Regulations for the medical services of the Army of India
Year: 1930
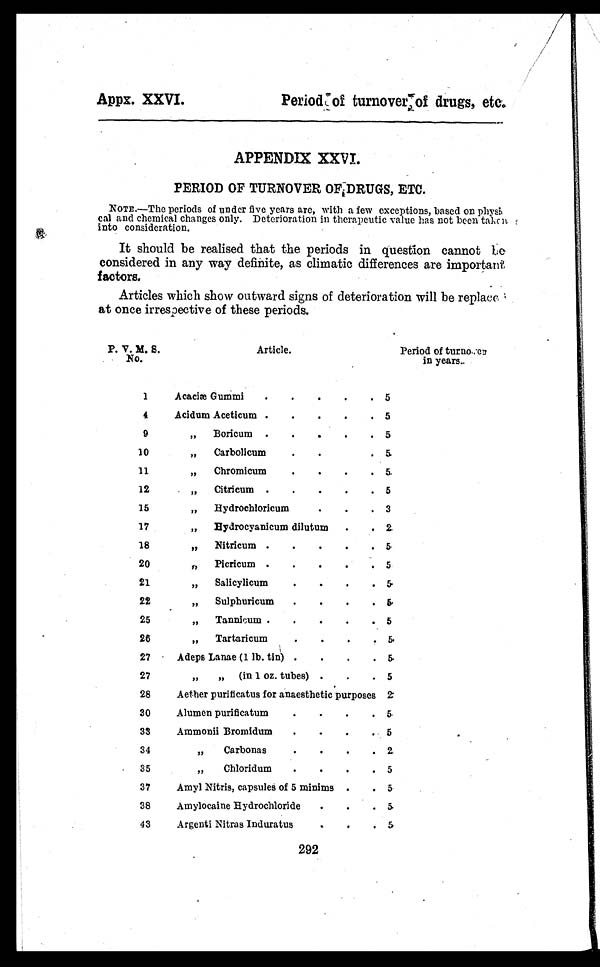
Appx. XXVI.
Period of turnover of drugs, etc.
APPENDIX XXVI.
PERIOD OF TURNOVER OF DRUGS, ETC.
NOTE.—The periods of under five years are, with a few exceptions, based on phys
ical and chemical changes only. Deterioration in therapeutic value has not been taken
into consideration.
It should be realised that the periods in question cannot be
considered in any way definite, as climatic differences are important
factors.
Articles which show outward signs of deterioration will be replace
at once irrespective of these periods.
P. V. M. S.
No.
Article.
Period of t u r n o v e r
in years.
1
Acaciæ Gummi .
.
.
.
. 5
4
Acidum Aceticum .
.
.
.
. 5
9
„ Boricum .
.
.
.
. 5
10
„ Carbolicum
.
.
. 5
11
,, Chromicum
.
.
.
. 5
12
, ,
C i t r i c u m
. . . . . 5
15
, ,
H y d r o c h l o r i c u m
. . . 3
17
, ,
H y d r o c y a n i c u m d i l u t u m
. . 2
18
, ,
N i t r i c u m
. . . . . 5
20
„ Picricum .
.
.
.
. 5
21
,, Salicylicum
.
.
.
. 5
22
,, Sulphuricum .
.
.
. 5
25
„ Tannicum .
.
.
.
. 5
26
„ Tartaricum
.
.
.
. 5
27
Adeps Lanae (1 lb. tin) .
.
.
. 5
27
„ „ (in 1 oz. tubes) .
.
. 5
28
Aether purificatus for anaesthetic purposes 2
30
Alumen purificatum
.
.
.
. 5
33
Ammonii Bromidum .
.
.
. 5
.
34
, ,
C a r b o n a s
. . . . 2
35
„ Chloridum
.
.
.
. 5
37
Amyl Nitris, capsules of 5 minims . . 5
38
Amylocaine Hydrochloride .
.
. 5
43
Argenti Nitras Induratus
.
.
. 5
292